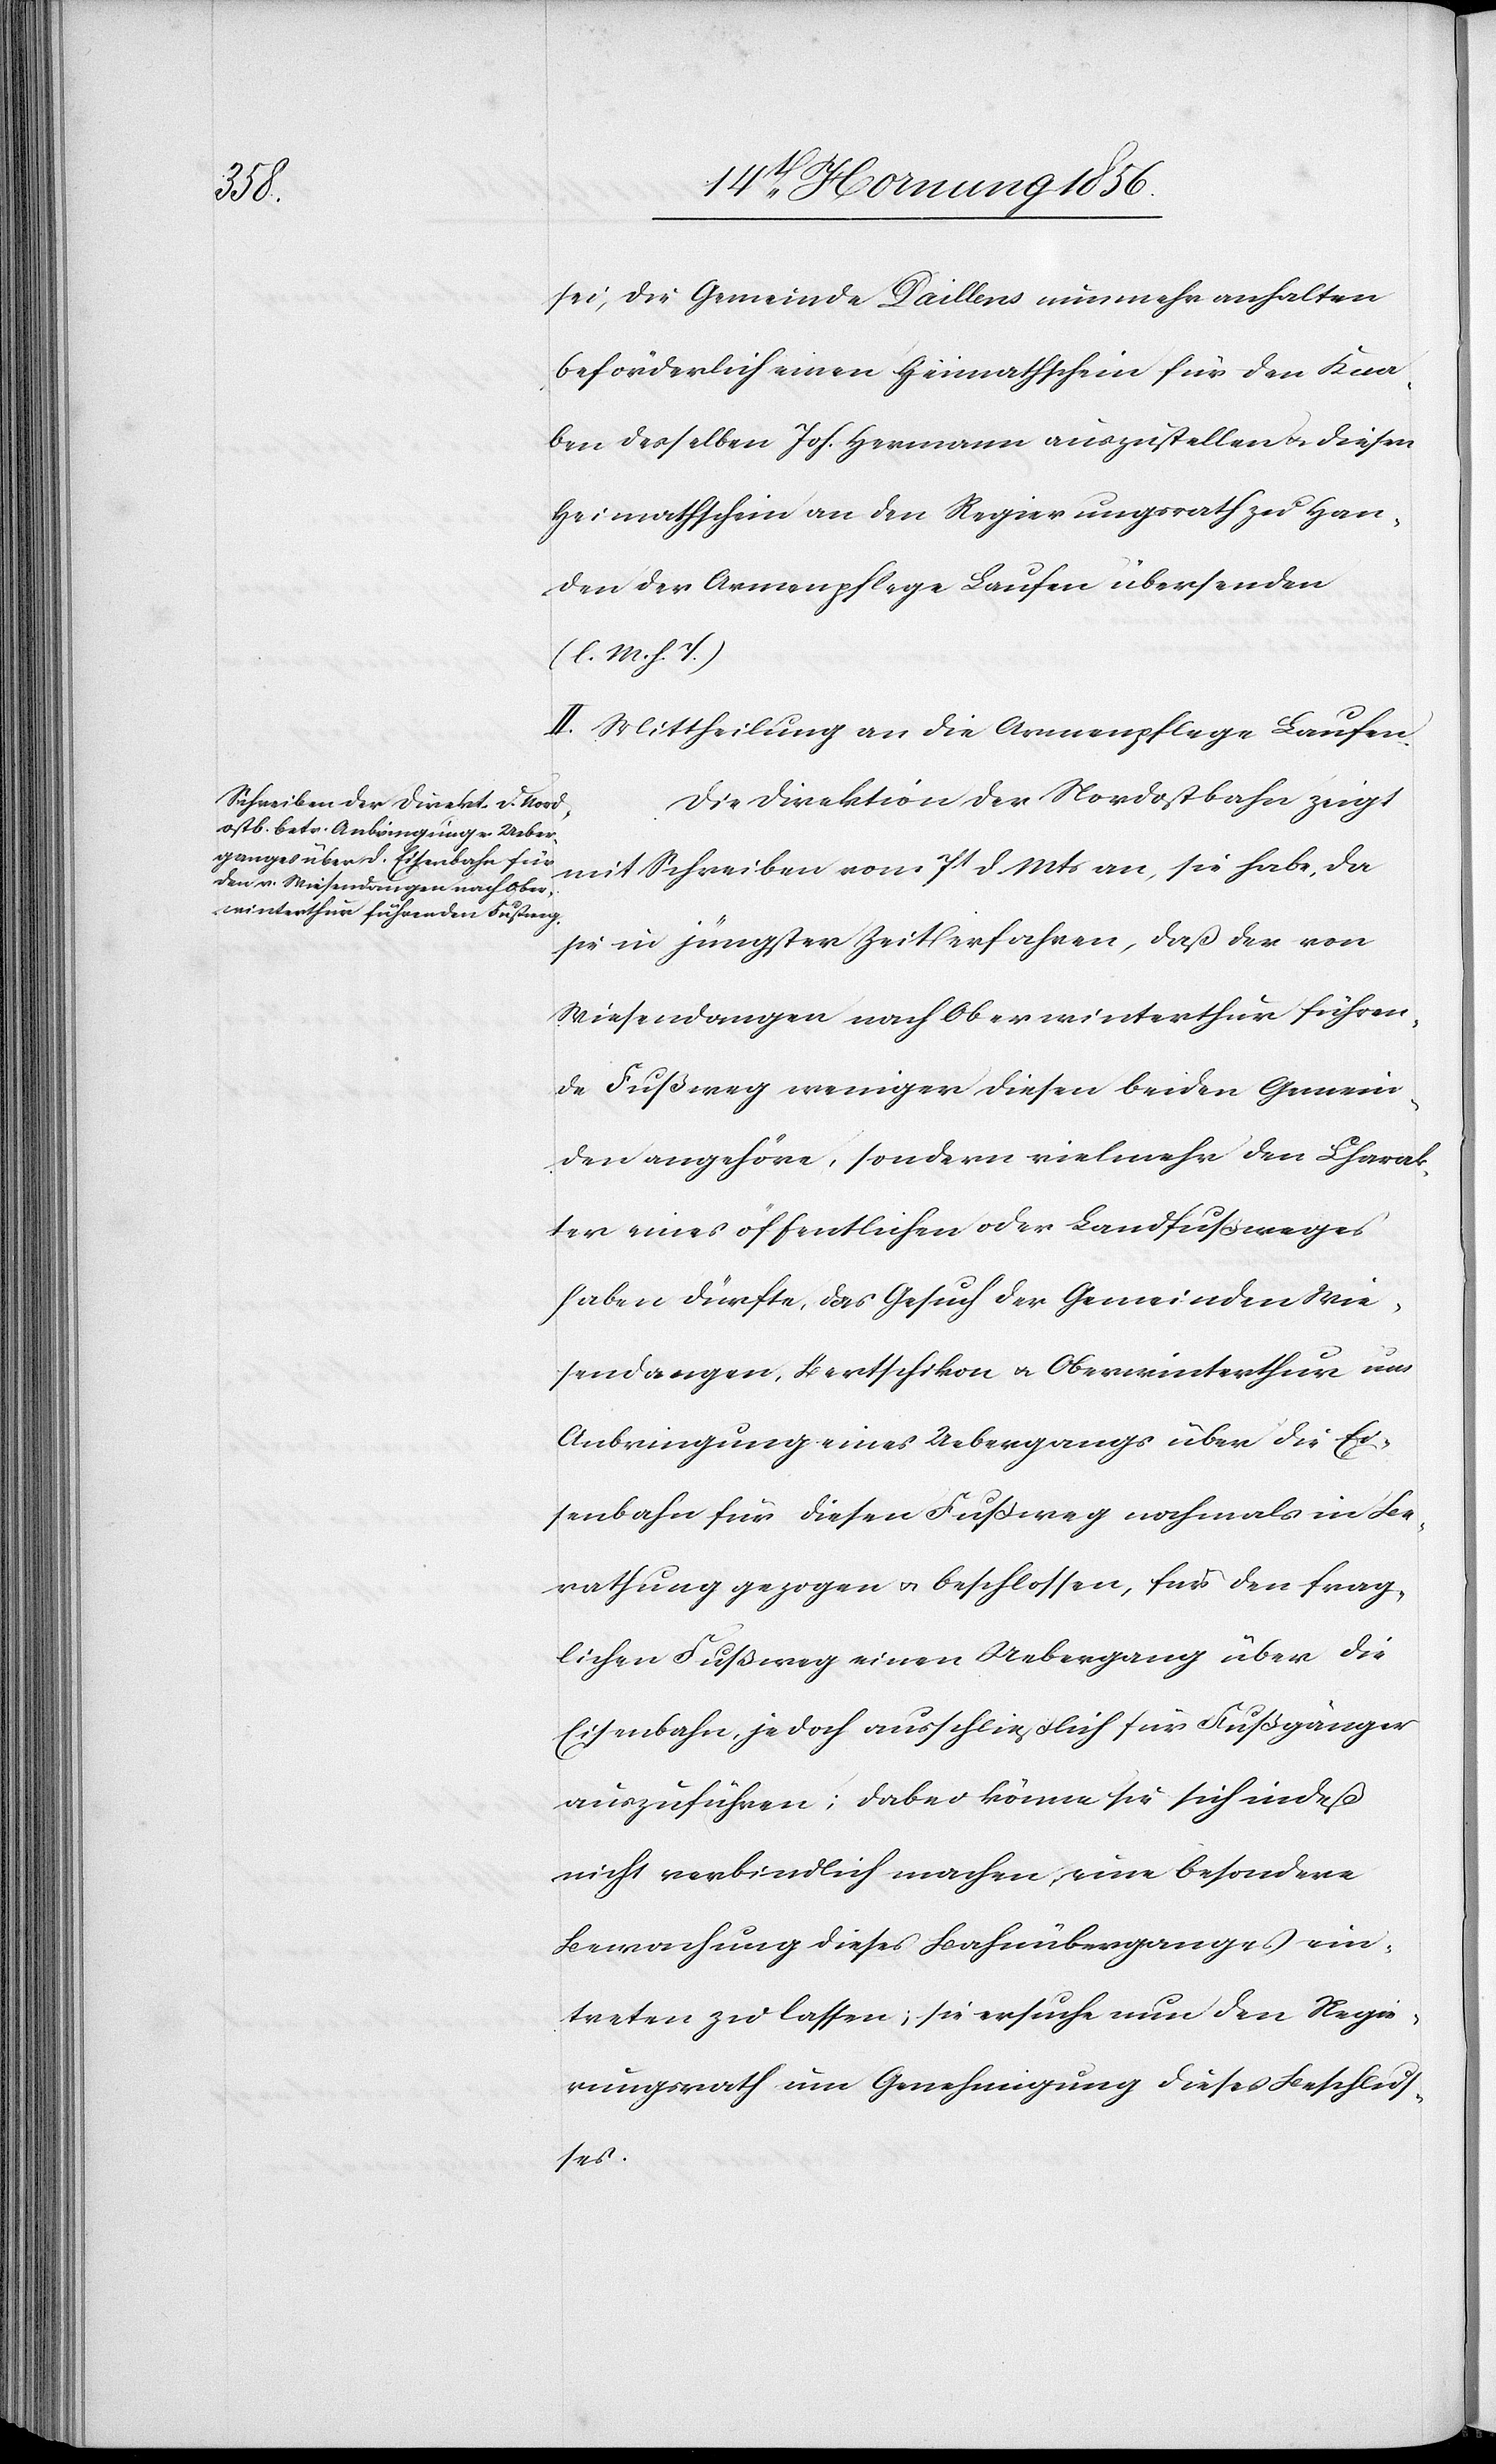
sei, die Gemeinde Daillens nunmehr anhalten
beförderlich einen Heimathschein für den Kna¬
ben desselben Joh. Hermann auszustellen u. diesen
Heimathschein an den Regierungsrath zu Han¬
den der Armenpflege Laufen übersenden
(l. M. h. T.)
II. Mittheilung an die Armenpflege Laufen.
Die Direktion der Nordostbahn zeigt
mit Schreiben vom 7t d. Mts an ,sie habe, da
sie in jüngster Zeit erfahren, daß der von
Wiesendangen nach Oberwinterthur führen¬
de Fußweg weniger diesen beiden Gemein¬
den angehöre, sondern vielmehr den Charak¬
ter eines öffentlichen oder Landfußweges
haben dürfte, das Gesuch der Gemeinden Wie¬
sendangen, Bertschikon u. Oberwinterthur um
Anbringung eines Uebergangs über die Ei¬
senbahn für diesen Fußweg nochmals in Be¬
rathung gezogen u. beschlossen, für den frag¬
lichen Fußweg einen Uebergang über die
Einsenbahn, jedoch ausschließlich für Fußgänger
auszuführen; dabei könne sie sich indeß
nicht verbindlich machen, eine besondere
Bewachung dieses Bahnüberganges ein¬
treten zu lassen; sie ersuche nun den Regie¬
rungsrath um Genehmigung dieses Beschlus¬
ses.